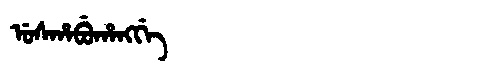
Manchu: ᡠᠰᡥᠠᠪᡠᡥᠠᠩᡤᡝ
Romanization: USHABUHANGGE